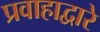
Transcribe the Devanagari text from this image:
प्रवाहाद्वारे